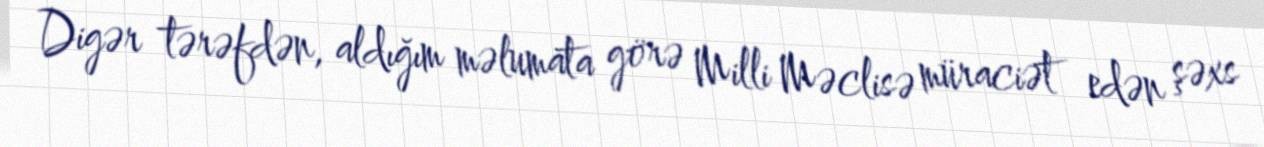
Digər tərəfdən, aldığım məlumata görə Milli Məclisə müraciət edən şəxs